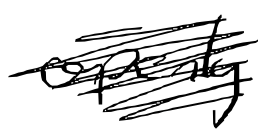
Text: openly
Cross-out: scratch
Writing tool: digital_black